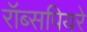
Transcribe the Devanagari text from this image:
रॉब्सपियरे